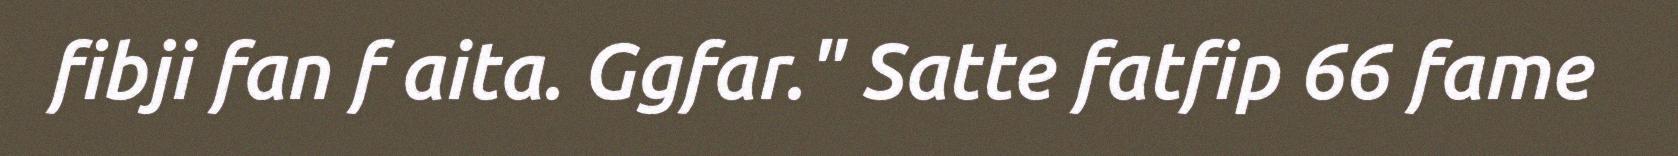
fibji fan f aita. Ggfar." Satte fatfip 66 fame